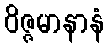
ဝိဇ္ဇမာနာနံ